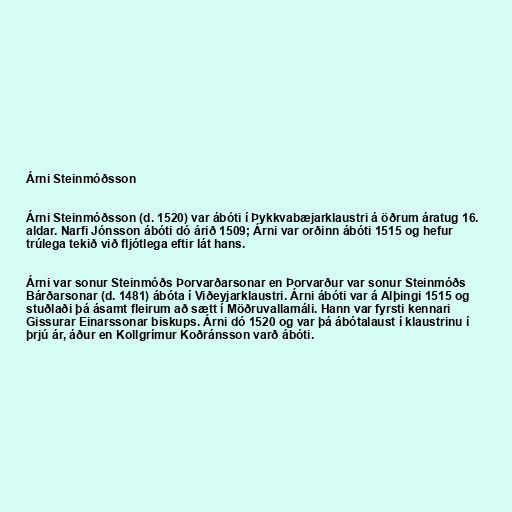
Árni Steinmóðsson

Árni Steinmóðsson (d. 1520) var ábóti í Þykkvabæjarklaustri á öðrum áratug 16.
aldar. Narfi Jónsson ábóti dó árið 1509; Árni var orðinn ábóti 1515 og hefur
trúlega tekið við fljótlega eftir lát hans.

Árni var sonur Steinmóðs Þorvarðarsonar en Þorvarður var sonur Steinmóðs
Bárðarsonar (d. 1481) ábóta í Viðeyjarklaustri. Árni ábóti var á Alþingi 1515 og
stuðlaði þá ásamt fleirum að sætt í Möðruvallamáli. Hann var fyrsti kennari
Gissurar Einarssonar biskups. Árni dó 1520 og var þá ábótalaust í klaustrinu í
þrjú ár, áður en Kollgrímur Koðránsson varð ábóti.